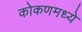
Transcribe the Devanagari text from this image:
कोकणमध्ये